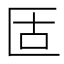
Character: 𠤳